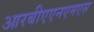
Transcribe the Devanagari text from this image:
आरबीएएनएमएस